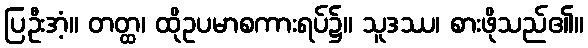
ပြဦးအံ့။ တတ္ထ၊ ထိုဥပမာစကားရပ်၌။ သူဒဿ၊ စားဖိုသည်၏။